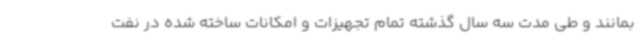
بمانند و طی مدت سه سال گذشته تمام تجهیزات و امکانات ساخته شده در نفت